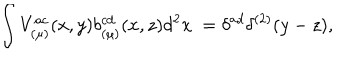
\int V _ { ( \mu ) } ^ { a c } ( x , y ) b _ { ( \mu ) } ^ { c d } ( x , z ) d ^ { 2 } x ~ = \delta ^ { a d } \delta ^ { ( 2 ) } ( y - z ) ,